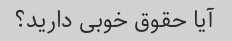
آیا حقوق خوبی دارید؟